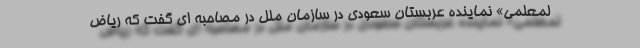
لمعلمی» نماینده عربستان سعودی در سازمان ملل در مصاحبه ای گفت که ریاض